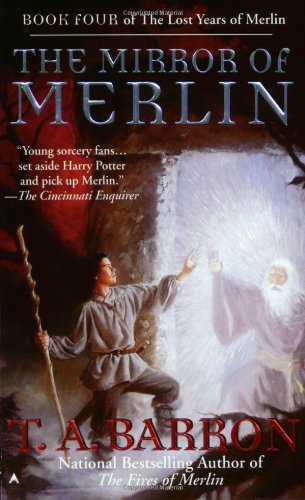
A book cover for The Mirror of Merlin (Lost Years of Merlin Book Four); T. A. Barron; Science Fiction & Fantasy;